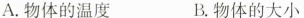
A.物体的温度 B.物体的大小